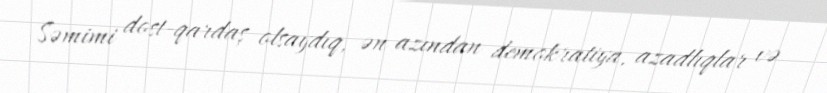
Səmimi dost-qardaş olsaydıq, ən azından demokratiya, azadlıqlar və